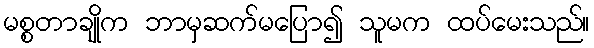
မစ္စတာချိုက ဘာမှဆက်မပြော၍ သူမက ထပ်မေးသည်။